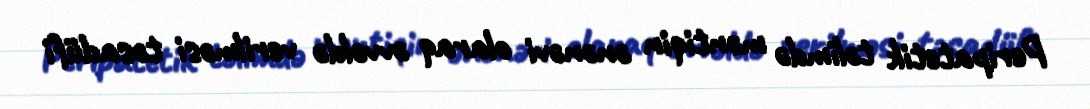
Peripatetik təlimdə məntiqin ənənəvi olaraq əvvəldə verilməsi təsadüfi